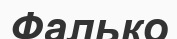
Фалько